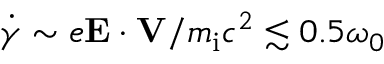
\dot { \gamma } \sim e \mathbf { E } \cdot \mathbf { V } / m _ { \mathrm { i } } c ^ { 2 } \lesssim 0 . 5 \omega _ { 0 }